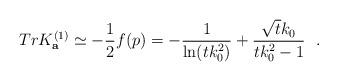
LaTeX: \begin{align*}Tr K^{(1)}_{\bf a}\simeq -{1\over 2}f(p)=-{1\over \ln (tk^2_0)}+{\sqrt{t}k_0\over tk_0^2-1}~~.\end{align*}